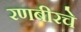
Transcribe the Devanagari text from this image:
रणबीरचे